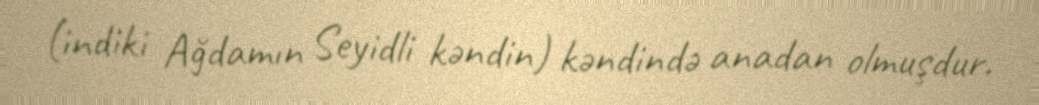
(indiki Ağdamın Seyidli kəndin) kəndində anadan olmuşdur.